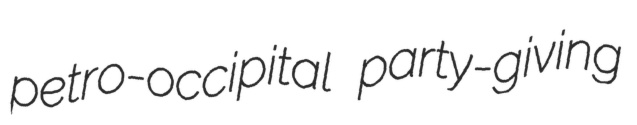
petro-occipital party-giving